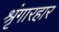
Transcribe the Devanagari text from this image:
श्रृंगारहार